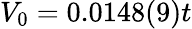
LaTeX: V_{0}=0.0148(9)t